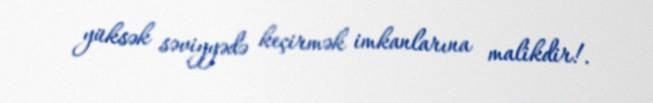
yüksək səviyyədə keçirmək imkanlarına malikdir!.